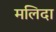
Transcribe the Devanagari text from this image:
मलिदा